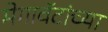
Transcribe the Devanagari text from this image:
मेगावॅटांच्या